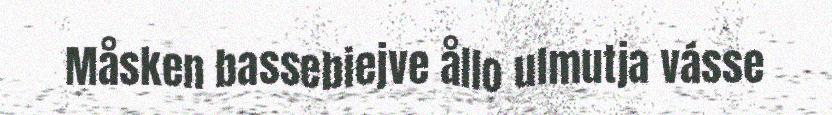
Måsken bassebiejve ållo ulmutja vásse